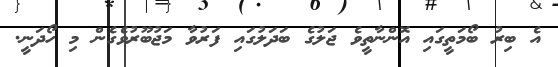
އެ ބިރު ބޯމަތީގައި އޮންނާތީވެ ޖަލުގެ ބަދަލުގައި ފަރުވާ މަޖުބޫރުވެގެން މި ހޯދަނީ.